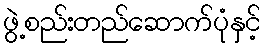
ဖွဲ့စည်းတည်ဆောက်ပုံနှင့်